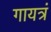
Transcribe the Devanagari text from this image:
गायत्रं